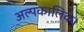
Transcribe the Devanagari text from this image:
अल्पकालिक।